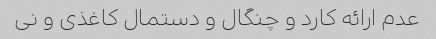
عدم ارائه کارد و چنگال و دستمال کاغذی و نی